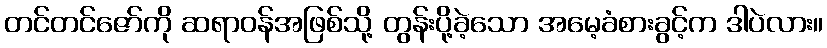
တင်တင်ဇော်ကို ဆရာဝန်အဖြစ်သို့ တွန်းပို့ခဲ့သော အမေ့ခံစားခွင့်က ဒါပဲလား။